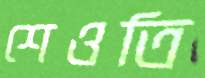
শেওতি